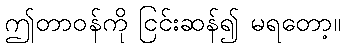
ဤတာဝန်ကို ငြင်းဆန်၍ မရတော့။